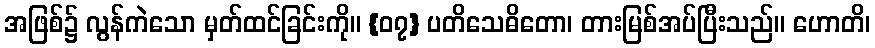
အဖြစ်၌ လွန်ကဲသော မှတ်ထင်ခြင်းကို။ {၀၇} ပတိသေဓိတော၊ တားမြစ်အပ်ပြီးသည်။ ဟောတိ၊